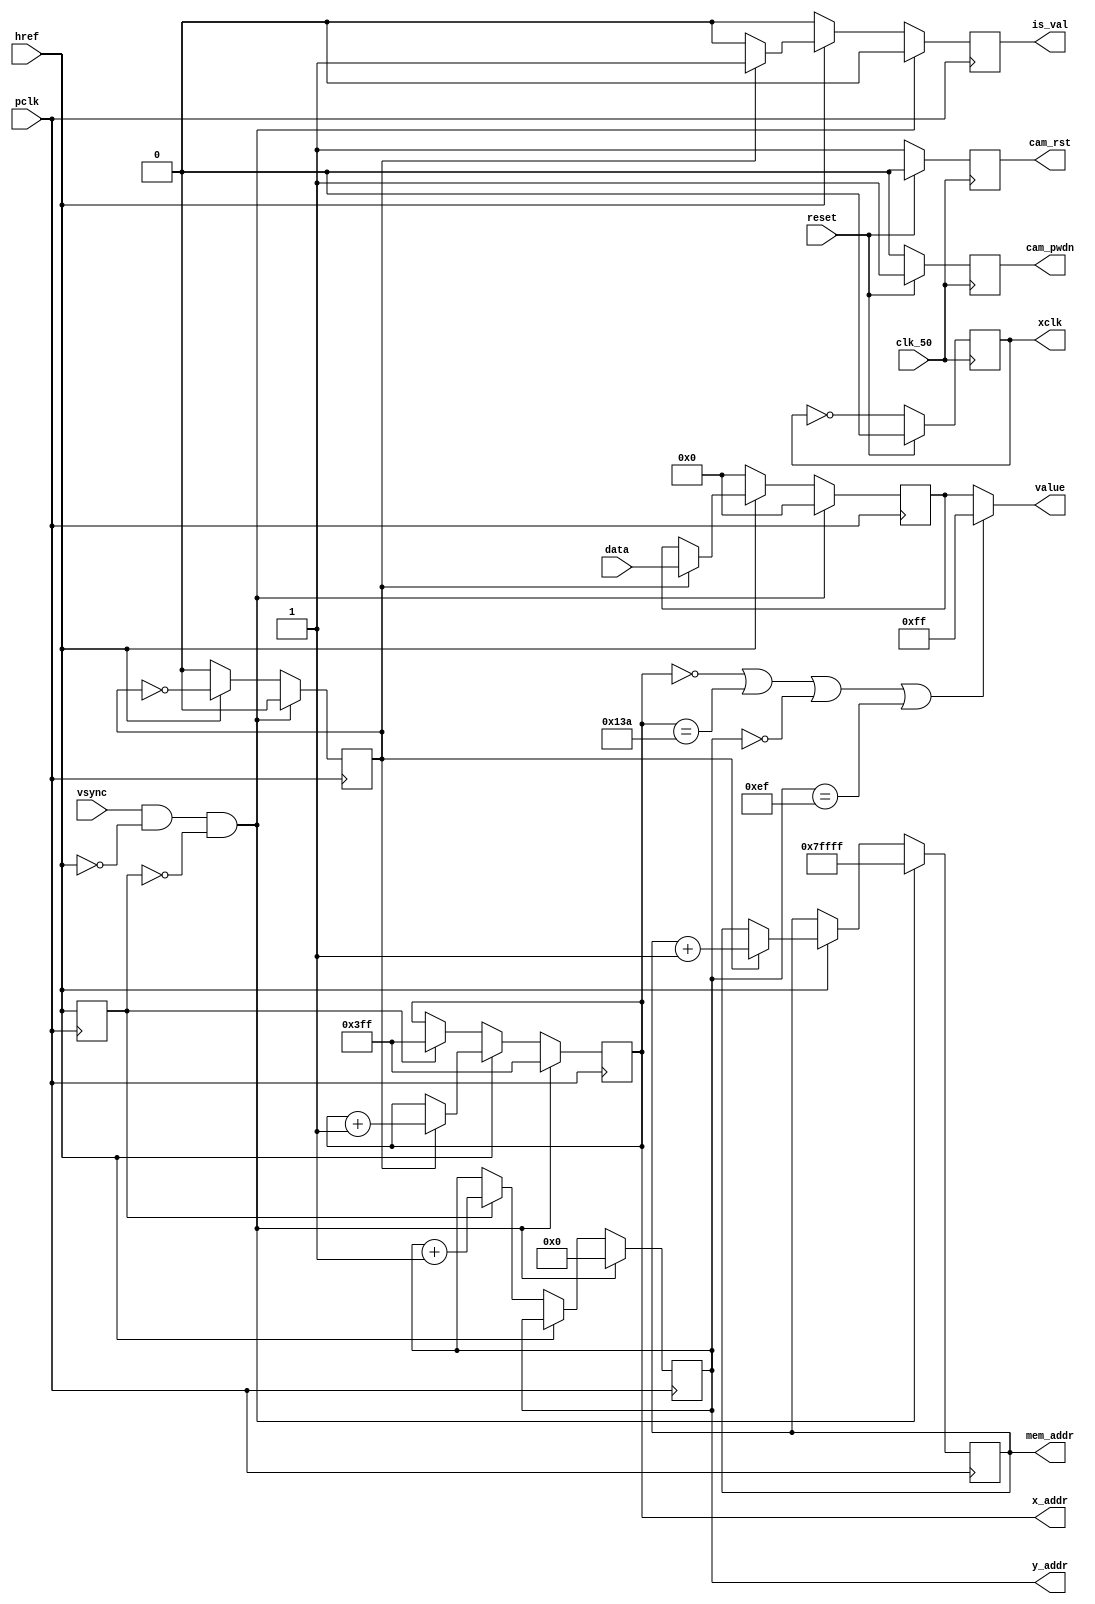
/* Interfaces with the OV7670 camera module.
 * Assumes the camera is configured for 320*240 output.
 *
 * Notes:
 *  - Drives xclk @25MHz
 *  - Assumes YCbCr 4:2:2 data format
 *  - Output ignores Cb/Cr components,
      resulting in a monochrome image. */
module ov7670_no_avg(
	input				clk_50,
	input				reset,

	// Camera Interface
	output	reg			xclk,
	input 				pclk,

	input				vsync,
	input				href,

	input		[7:0]	data,

	output	reg			cam_rst,
	output	reg			cam_pwdn,

	// Memory Interface
	output	reg	[7:0]	value,
	output	reg	[9:0]	x_addr,
	output	reg	[9:0]	y_addr,

	output	reg	[18:0]	mem_addr,
	output	reg			is_val
);
	reg 		[7:0]	val_temp;
	reg			[7:0]	val_msb;

	// Draw a white border around the image
	always@ (*) begin
		if (x_addr == 0 || x_addr == 314 || y_addr == 0 || y_addr == 239) begin
			value <= 8'hFF;
		end
		else begin
			value <= val_temp;
		end
	end

	// Drive xclk (25 MHz)
	always@ (posedge clk_50) begin
		if (reset == 1'b1) begin
			xclk <= 1'b0;
		end
		else begin
			xclk <= ~xclk;
		end
	end

	// Control reset and power down
	always@ (posedge clk_50) begin
		if (reset == 1'b1) begin
			cam_rst <= 1'b0;	// rst is active low
			cam_pwdn <= 1'b1;	// pwdn is active high
		end
		else begin
			cam_rst <= 1'b1;
			cam_pwdn <= 1'b0;
		end
	end
	
	reg last_href;	// To keep track of href edges
	reg	is_lsb;		// Alternate bytes represent Y (luminance)

	// Deal with data
	always@ (posedge pclk) begin
		// Reset position at the end of frame
		if (vsync == 1'b1 && href == 1'b0 && last_href == 1'b0) begin
			x_addr <= 10'd1023;
			y_addr <= 10'b0;
			mem_addr <= 19'd524287;

			val_temp <= 8'b0;
			is_val <= 1'b0;
			is_lsb <= 1'b0;
		end

		// Frame ongoing
		else begin
			// Write alternate bytes to memory while the frame is ongoing
			if (href == 1'b1) begin
				// Copy only the Y (luminance) component of data
				if (is_lsb) begin
					x_addr <= x_addr + 10'b1;
					y_addr <= y_addr;
					mem_addr <= mem_addr + 1;

					val_temp <= data;
					is_val <= 1'b1;
				end
				else begin
					x_addr <= x_addr;
					y_addr <= y_addr;
					mem_addr <= mem_addr;

					val_msb <= data;
					is_val <= 1'b0;
				end

				is_lsb <= ~is_lsb;
			end
			// Invalid line
			else begin
				val_temp <= 8'b0;
				is_val <= 1'b0;
				is_lsb <= 1'b0;

				if (last_href == 1'b1) begin
					x_addr <= 10'd1023;
					y_addr <= y_addr + 10'b1;
					mem_addr <= mem_addr;					
				end
				else begin
					x_addr <= x_addr;
					y_addr <= y_addr;
					mem_addr <= mem_addr;
				end
			end
		end

		last_href <= href;
	end

endmodule